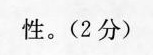
性。(2分)